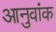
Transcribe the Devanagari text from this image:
आनुवांक